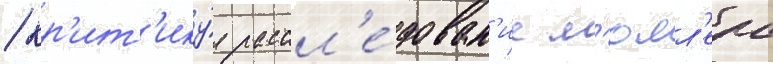
/ кр'ит'ику́я рассл'е́дован'ие м'юлл'ера